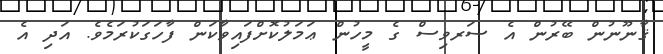
ޤާނޫނުން ބޭރުން އެ ސަރވިސް ގެ މީހުން ޢަމަލުކޮށްފައިވާކަން ފާހަގަކުރަމެވެ. އަދި އެ